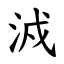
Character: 㳚